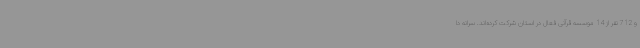
و 712 نفر از 14 موسسه قرآنی فعال در استان شرکت کرده‌اند. سرانه دا